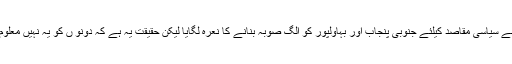
انہوں نے کہاکہ (ن) لیگ اور پیپلز پارٹی نے سیاسی مقاصد کیلئے جنوبی پنجاب اور بہاولپور کو الگ صوبہ بنانے کا نعرہ لگایا لیکن حقیقت یہ ہے کہ دونو ں کو یہ نہیں معلوم کہ نئے صوبے کیلئے کیا کرنا پڑتا ہے ۔